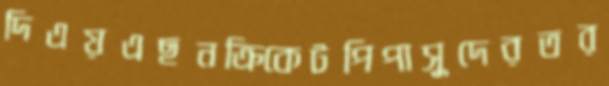
দিএয়এছনক্রিকেটপিপাসুদেরতর